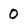
Character: 0